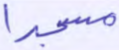
مسجدا